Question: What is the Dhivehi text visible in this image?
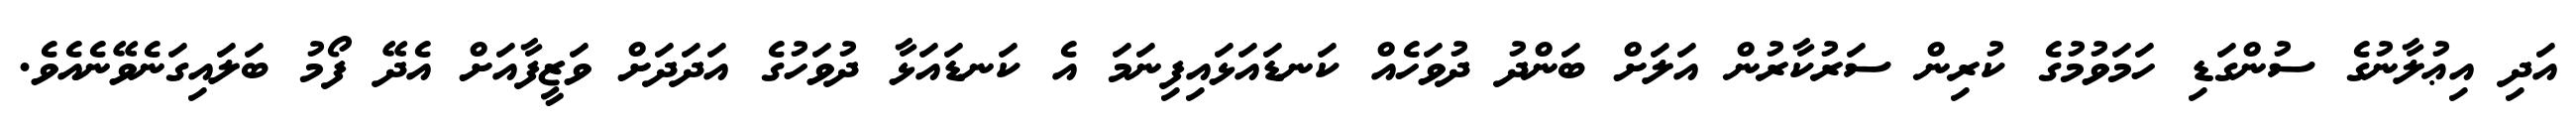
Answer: އަދި އިޢުލާނުގެ ސުންގަޑި ހަމަވުމުގެ ކުރިން ސަރުކާރުން އަލަށް ބަންދު ދުވަހެއް ކަނޑައަޅައިފިނަމަ އެ ކަނޑައަޅާ ދުވަހުގެ އަދަދަށް ވަޒީފާއަށް އެދޭ ފޯމު ބަލައިގަނެވޭނެއެވެ.